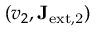
( v _ { 2 } , \mathbf { J } _ { \mathrm { e x t , 2 } } )